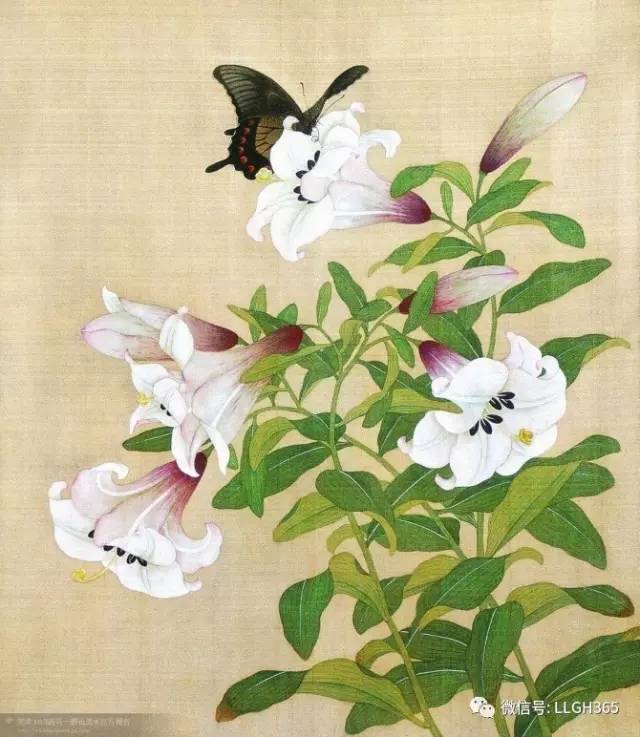
恋树湿花飞不起，愁无比，和春付与东流水。